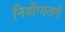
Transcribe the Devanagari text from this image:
निर्योग्यताएँ